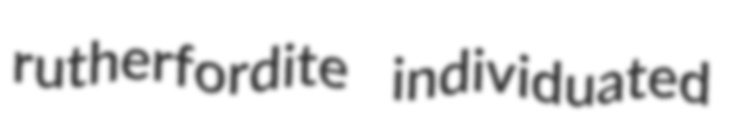
rutherfordite individuated